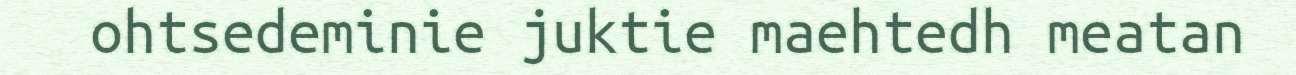
ohtsedeminie juktie maehtedh meatan